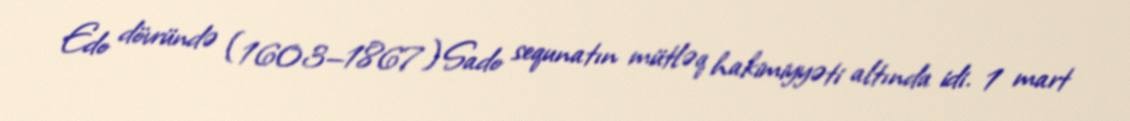
Edo dövründə (1603—1867) Sado sequnatın mütləq hakimiyyəti altında idi. 1 mart